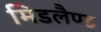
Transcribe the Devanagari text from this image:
मिडलैण्ड